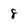
Character: 8